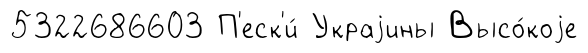
5322686603 П'еск'и́ Украjины Высо́коjе